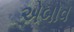
એબોવ